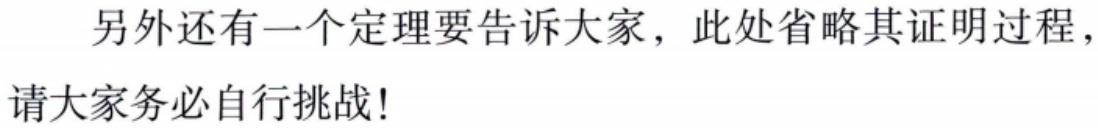
另外还有一个定理要告诉大家，此处省略其证明过程，请大家务必自行挑战！